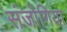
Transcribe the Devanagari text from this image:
संजोगिया